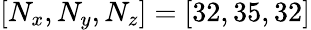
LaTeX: [N_{x},N_{y},N_{z}]=[32,35,32]